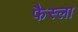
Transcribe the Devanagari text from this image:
फैस्ला